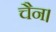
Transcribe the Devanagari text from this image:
चैन।